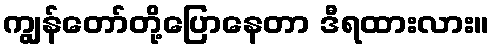
ကျွန်တော်တို့ပြောနေတာ ဒီရထားလား။